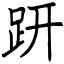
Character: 趼